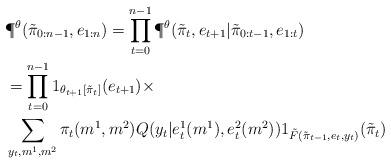
LaTeX: \begin{align*}&\P^{\theta}(\tilde{\pi}_{0:n-1},e_{1:n}) = \prod_{t=0}^{n-1} \P^{\theta}(\tilde{\pi}_t,e_{t+1}|\tilde{\pi}_{0:t-1},e_{1:t}) \\&=\prod_{t=0}^{n-1} 1_{\theta_{t+1}[\tilde{\pi}_t]}(e_{t+1})\times \\&\sum_{y_t,m^1,m^2}\pi_t(m^1,m^2) Q(y_t|e^1_t(m^1),e^2_t(m^2))1_{\tilde{F}(\tilde{\pi}_{t-1},e_t,y_t)}(\tilde{\pi}_t) \end{align*}